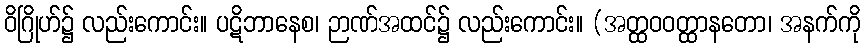
ဝိဂြိုဟ်၌ လည်းကောင်း။ ပဋိဘာနေစ၊ ဉာဏ်အထင်၌ လည်းကောင်း။ (အတ္ထဝဝတ္ထာနတော၊ အနက်ကို